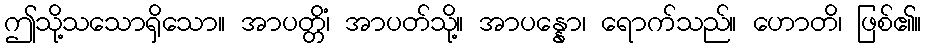
ဤသို့သသောရှိသော။ အာပတ္တိံ၊ အာပတ်သို့။ အာပန္နော၊ ရောက်သည်။ ဟောတိ၊ ဖြစ်၏။